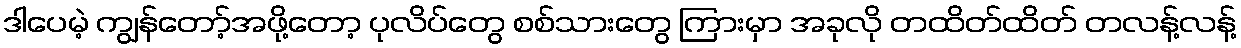
ဒါပေမဲ့ ကျွန်တော့်အဖို့တော့ ပုလိပ်တွေ စစ်သားတွေ ကြားမှာ အခုလို တထိတ်ထိတ် တလန့်လန့်